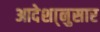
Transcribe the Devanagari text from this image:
आदेशा्नुसार